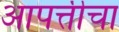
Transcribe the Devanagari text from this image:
आपत्तीचा